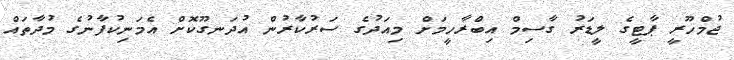
ޖުމްހޫރީ ޕާޓީގެ ލީޑަރު ގާސިމް އިބްރާހީމަށް މިއަދުގެ ސަރުކާރުން އުދަނގޫކޮށް އެމަނިކުފާނުގެ މުދާތައް